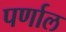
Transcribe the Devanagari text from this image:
पर्णाल